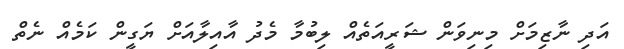
އަދި ނާޒިމަށް މިނިވަން ޝަރީއަތެއް ލިބުމާ މެދު އާއިލާއަށް ޔަގީން ކަމެއް ނެތް